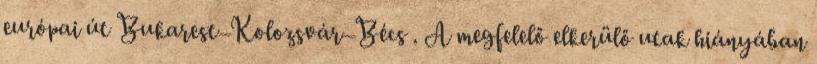
európai út Bukarest–Kolozsvár–Bécs . A megfelelő elkerülő utak hiányában